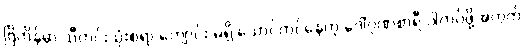
ဗြိတိန်မှာ သီတင်းသုံးစရာ ကျောင်း မရှိ သောင်တင်နေတဲ့ ဒေါ်ဂုဏစာရီ ဝါကပ်ဖို့အတွက်